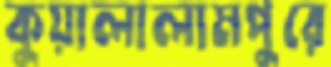
কুয়ালালামপুরে